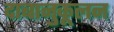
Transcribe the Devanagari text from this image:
दाबानुकूलन